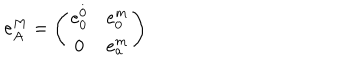
LaTeX: e _ { A } ^ { M } = \left( \begin{array} { c c } { { e _ { 0 } ^ { \stackrel { . } { 0 } } } } & { { e _ { 0 } ^ { m } } } \\ { { 0 } } & { { e _ { a } ^ { m } } } \\ \end{array} \right)